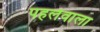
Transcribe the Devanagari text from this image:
पहलेवाला